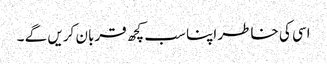
اسی کی خاطر اپنا سب کچھ قربان کریں گے ۔